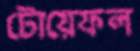
টোয়েফল